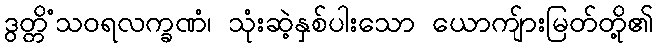
ဒွတ္တိံသဝရလက္ခဏံ၊ သုံးဆဲ့နှစ်ပါးသော ယောကျ်ားမြတ်တို့၏